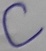
Text: C